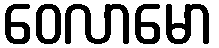
ဝေလာမော